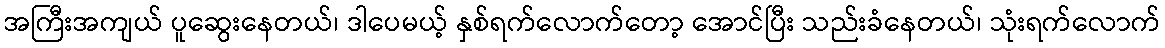
အကြီးအကျယ် ပူဆွေးနေတယ်၊ ဒါပေမယ့် နှစ်ရက်လောက်တော့ အောင်ပြီး သည်းခံနေတယ်၊ သုံးရက်လောက်